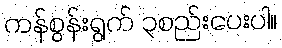
ကန်စွန်းရွက် ၃စည်းပေးပါ။